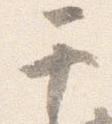
于